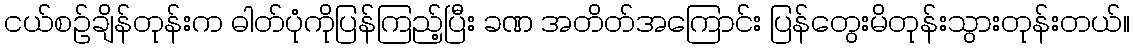
ငယ်စဉ်ချိန်တုန်းက ဓါတ်ပုံကိုပြန်ကြည့်ပြီး ခဏ အတိတ်အကြောင်း ပြန်တွေးမိတုန်းသွားတုန်းတယ်။